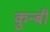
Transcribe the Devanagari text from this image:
कुन्बी